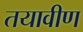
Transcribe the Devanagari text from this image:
तयावीण